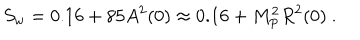
LaTeX: S _ { w } = 0 . 1 6 + 8 5 A ^ { 2 } ( 0 ) \approx 0 . 1 6 + M _ { \mathrm { P } } ^ { 2 } R ^ { 2 } ( 0 ) \ .